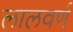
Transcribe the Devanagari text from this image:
लालवर्ण